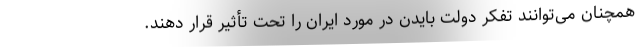
همچنان می‌توانند تفکر دولت بایدن در مورد ایران را تحت تأثیر قرار دهند.